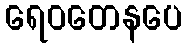
ရေဝတေနပေ